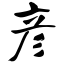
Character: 彦